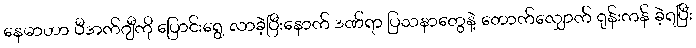
နေမာဟာ ပီအက်ဂျီကို ပြောင်းရွေ့ လာခဲ့ပြီးနောက် ဒဏ်ရာ ပြသနာတွေနဲ့ တောက်လျှောက် ရုန်းကန် ခဲ့ရပြီး